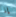
إذا